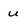
Character: u